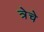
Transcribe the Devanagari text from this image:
त्रेचे